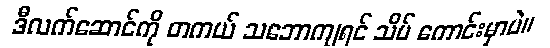
ဒီလက်ဆောင်ကို တကယ် သဘောကျရင် သိပ် ကောင်းမှာပဲ။